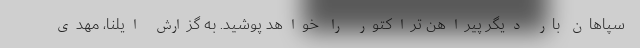
سپاهان بار دیگر پیراهن تراکتور را خواهد پوشید. به گزارش ایلنا، مهدی